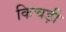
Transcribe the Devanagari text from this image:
किचड़ी